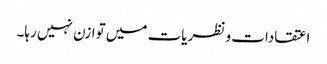
اعتقادات و نظریات میں توازن نہیں رہا۔